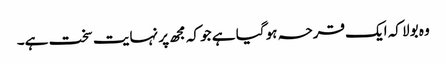
وہ بولا کہ ایک قرحہ ہو گیا ہے جو کہ مجھ پر نہایت سخت ہے۔